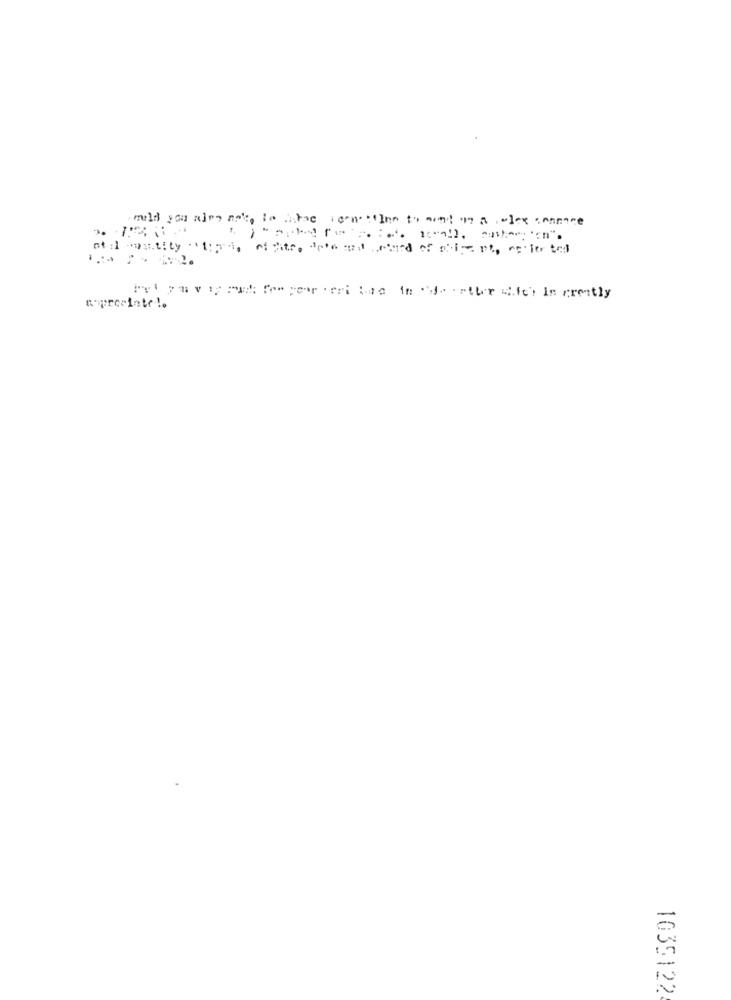
at : boutity . 1:24, oflitro deto run card of client, center tel
nopresinte !.
1035122